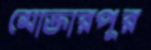
মোক্তারপুর